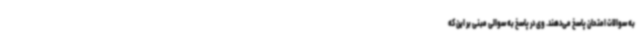
به سوالات امتحان پاسخ می‌دهند. وی در پاسخ به سوالی مبنی بر این که